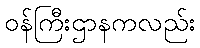
ဝန်ကြီးဌာနကလည်း